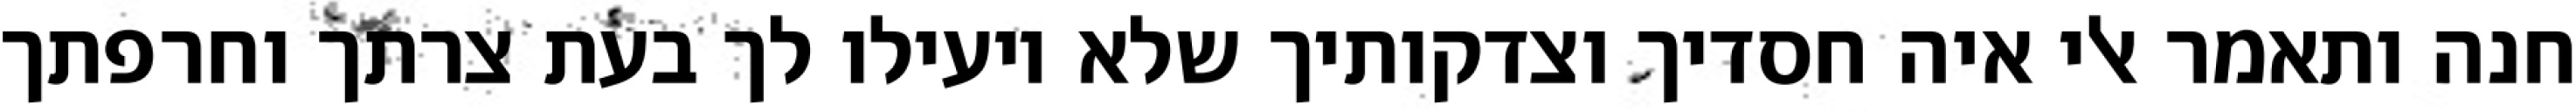
חנה ותאמר אלי איה חסדיך וצדקותיך שלא יועילו לך בעת צרתך וחרפתך